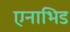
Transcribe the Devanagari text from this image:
एनाभिड